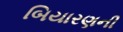
બિયારણની